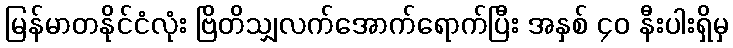
မြန်မာတနိုင်ငံလုံး ဗြိတိသျှလက်အောက်ရောက်ပြီး အနှစ် ၄၀ နီးပါးရှိမှ